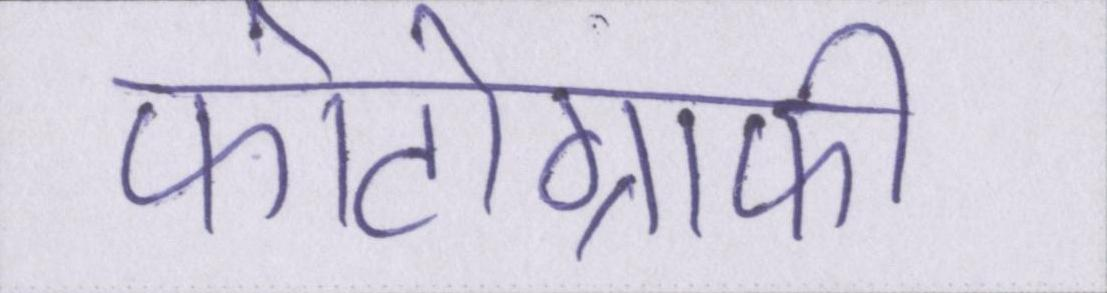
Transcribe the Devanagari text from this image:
फोटोग्राफी